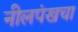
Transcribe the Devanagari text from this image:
नीलपंखचा